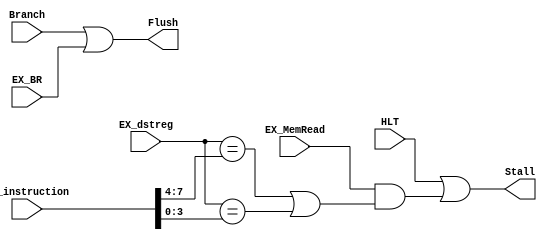
module hazard_detection_unit (HLT, Branch, ID_instruction, EX_BR, EX_dstreg, EX_MemRead, Stall, Flush);

input [3:0] EX_dstreg;
input [7:0] ID_instruction;
input HLT, Branch, EX_BR, EX_MemRead;
output Stall, Flush;

assign Flush = Branch | EX_BR;

assign Stall = HLT | (EX_MemRead & ((EX_dstreg == ID_instruction[7:4]) | (EX_dstreg == ID_instruction[3:0])));


endmodule